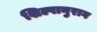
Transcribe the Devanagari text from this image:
शिल्पानुराग